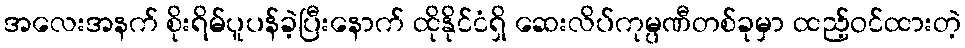
အလေးအနက် စိုးရိမ်ပူပန်ခဲ့ပြီးနောက် ထိုနိုင်ငံရှိ ဆေးလိပ်ကုမ္ပဏီတစ်ခုမှာ ထည့်ဝင်ထားတဲ့